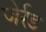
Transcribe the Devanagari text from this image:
जेर्रड